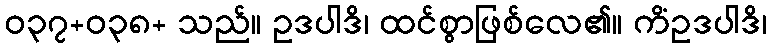
ဝ၃၇+ဝ၃၈+ သည်။ ဥဒပါဒိ၊ ထင်စွာဖြစ်လေ၏။ ကိံဥဒပါဒိ၊